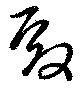
殿